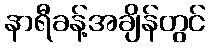
နာရီခန့်အချိန်တွင်